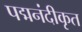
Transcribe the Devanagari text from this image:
पद्मनंदीकृत